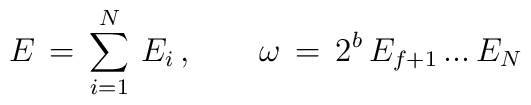
E\,=\,\sum_{i=1}^N\,E_i\,,\qquad\omega\,=\,2^b\,E_{f+1}\,...\,E_{N}